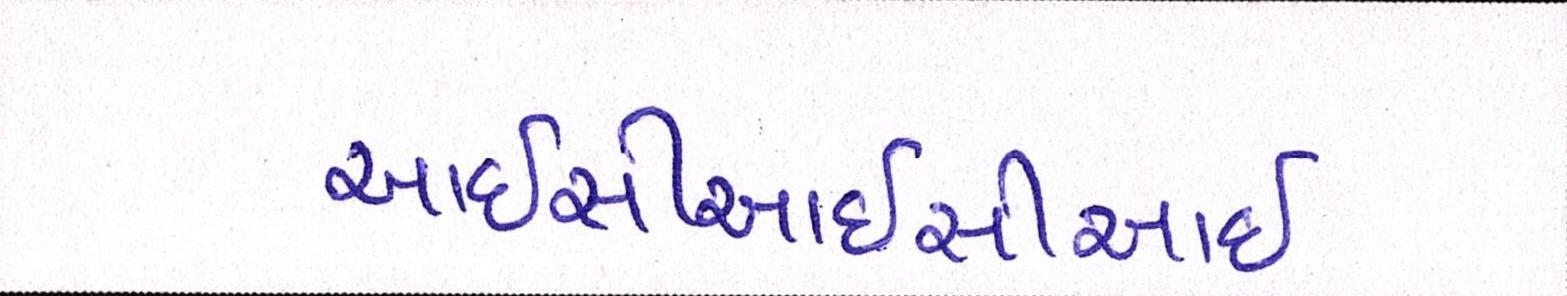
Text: આઇસીઆઇસીઆઇ